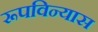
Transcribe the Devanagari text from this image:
रूपविन्यास